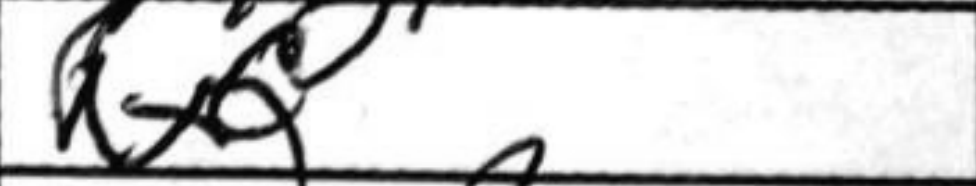
Transcription: RxQ